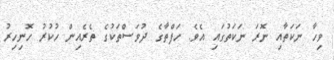
ވިހާ ނަކަތާއި ނޮރަ ނަކަތުގައި އެވެ. ހަފްތާގެ ދުވަސްތަކުގެ ތެރެއިން ހުކުރު ހޮނިހިރު